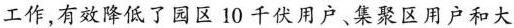
作，有效降低了园区10千伏用户、集聚区用户和大